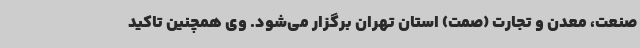
صنعت، معدن و تجارت (صمت) استان تهران برگزار می‌شود. وی همچنین تاکید